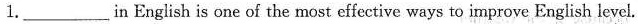
1._______in English is one of the most effective ways to improve English level.